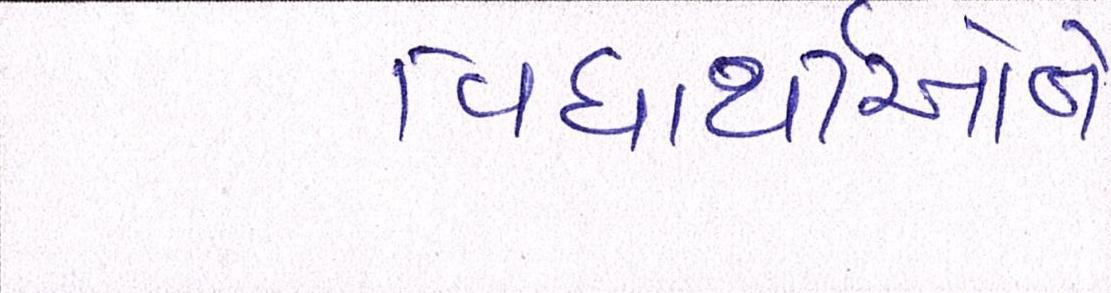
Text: વિધાર્થીઓને